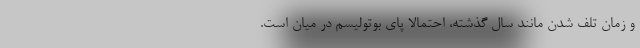
و زمان تلف شدن مانند سال گذشته، احتمالا پای بوتولیسم در میان است.